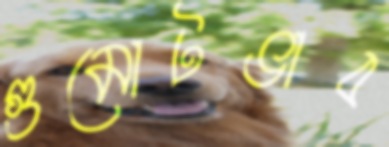
গুমোটভাব